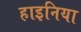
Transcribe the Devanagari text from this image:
हाइनिया